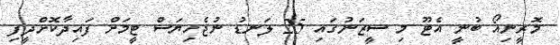
މޮރީނިއޯ ބުނީ އެޓޫ މި ސީޒަނުގައި 25 ލަނޑު ނުޖެހިޔަސް ޓީމަށް ފައިދާކޮށްދީފި